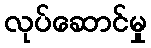
လုပ်ဆောင်မှု